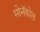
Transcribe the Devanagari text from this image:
मोनॅकोत